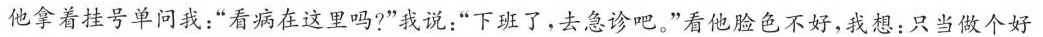
他拿着挂号单问我：”看病在这里吗?”我说：”下班了，去急诊吧。”看他脸色不好，我想：只当做个好